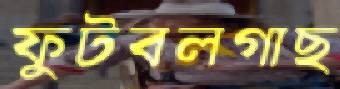
ফুটবলগাছ